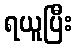
ရယူပြီး